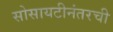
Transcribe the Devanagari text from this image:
सोसायटीनंतरची